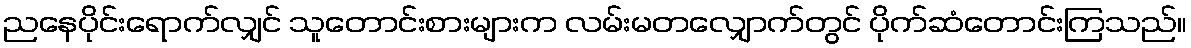
ညနေပိုင်းရောက်လျှင် သူတောင်းစားများက လမ်းမတလျှောက်တွင် ပိုက်ဆံတောင်းကြသည်။